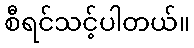
စီရင်သင့်ပါတယ်။